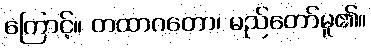
ကြောင့်။ တထာဂတော၊ မည်တော်မူ၏။